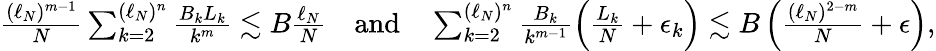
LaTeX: \begin{array}{r}{\frac{(\ell_{N})^{m-1}}{N}\sum_{k=2}^{(\ell_{N})^{n}}\frac{B_{k}L_{k}}{k^{m}}\lesssim B\frac{\ell_{N}}{N}\quad\mathrm{and}\quad\sum_{k=2}^{(\ell_{N})^{n}}\frac{B_{k}}{k^{m-1}}\left(\frac{L_{k}}{N}+\epsilon_{k}\right)\lesssim B\left(\frac{(\ell_{N})^{2-m}}{N}+\epsilon\right),}\end{array}